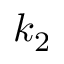
k _ { 2 }